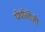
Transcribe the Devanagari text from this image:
पॅथॉलॊजी